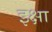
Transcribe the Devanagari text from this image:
इक्षा